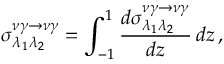
\sigma _ { \lambda _ { 1 } \lambda _ { 2 } } ^ { \nu \gamma \to \nu \gamma } = \int _ { - 1 } ^ { 1 } \frac { d { \sigma } _ { \lambda _ { 1 } \lambda _ { 2 } } ^ { \nu \gamma \to \nu \gamma } } { d z } \, d z \, ,